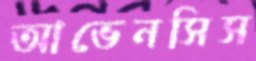
আভেনসিস